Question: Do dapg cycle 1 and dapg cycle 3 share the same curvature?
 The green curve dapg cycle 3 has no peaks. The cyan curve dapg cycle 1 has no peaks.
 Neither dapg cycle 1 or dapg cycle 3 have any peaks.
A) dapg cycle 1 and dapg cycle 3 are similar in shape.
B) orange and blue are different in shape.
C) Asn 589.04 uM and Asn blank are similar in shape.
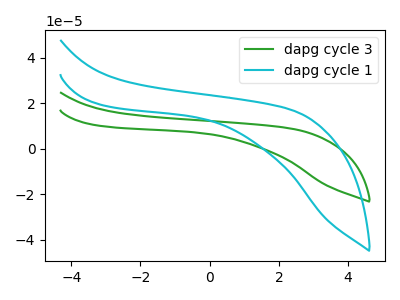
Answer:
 <answer>A) "dapg cycle 1" and "dapg cycle 3" are similar in shape.</answer>
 <eval>A</eval>